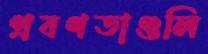
প্রবণতাগুলি